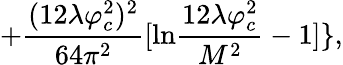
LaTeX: +\frac{(12\lambda\varphi_{c}^{2})^{2}}{64\pi^{2}}[\mathrm{ln}\frac{12\lambda\varphi_{c}^{2}}{M^{2}}-1]\} ,